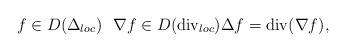
LaTeX: \begin{align*}f\in D(\Delta_{loc})\ \ \nabla f\in D({\rm div}_{loc})\Delta f={\rm div}(\nabla f),\end{align*}